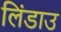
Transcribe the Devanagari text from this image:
लिंडाउ